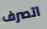
اتصرف